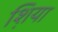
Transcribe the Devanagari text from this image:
श़िया